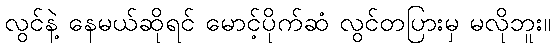
လွင်နဲ့ နေမယ်ဆိုရင် မောင့်ပိုက်ဆံ လွင်တပြားမှ မလိုဘူး။